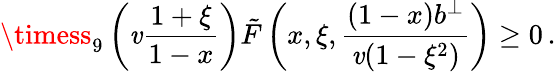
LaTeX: \timess_{9}\left(\mathit{v}\frac{{1+\xi}}{{1-x}}\right)\tilde{{F}}\left(x,\xi,\frac{{(1-x)b^{\perp}}}{{\mathit{v}(1-\xi^{2})}}\right)\geq0\, .